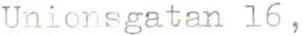
Unionsgatan 16,